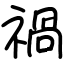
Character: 禍